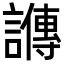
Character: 𬣋